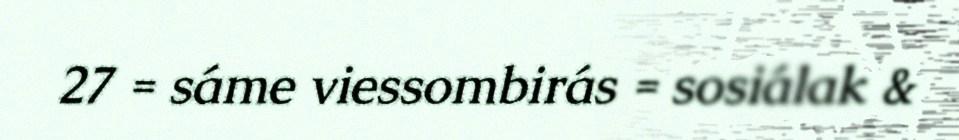
27 = sáme viessombirás = sosiálak &